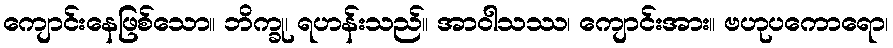
ကျောင်းနေဖြစ်သော။ ဘိက္ခု၊ ရဟန်းသည်။ အာဝါသဿ၊ ကျောင်းအား။ ဗဟုပကောရော၊